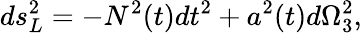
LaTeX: ds_{L}^{2}=-N^{2}(t)dt^{2}+a^{2}(t)d\Omega_{3}^{2},